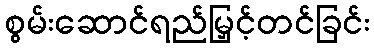
စွမ်းဆောင်ရည်မြှင့်တင်ခြင်း